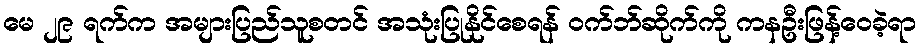
မေ ၂၉ ရက်က အများပြည်သူစတင် အသုံးပြုနိုင်စေရန် ဝက်ဘ်ဆိုက်ကို ကနဦးဖြန့်ဝေခဲ့ရာ